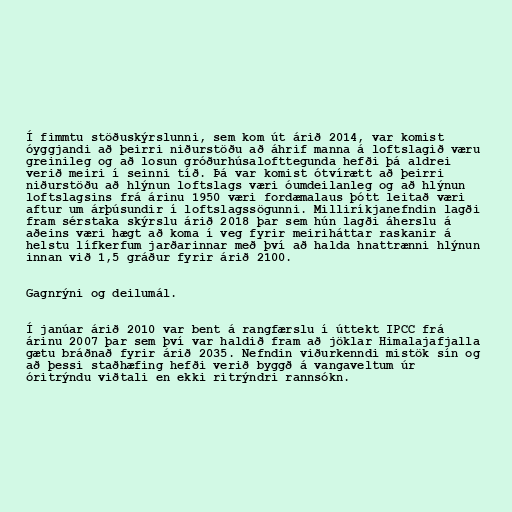
Í fimmtu stöðuskýrslunni, sem kom út árið 2014, var komist
óyggjandi að þeirri niðurstöðu að áhrif manna á loftslagið væru
greinileg og að losun gróðurhúsalofttegunda hefði þá aldrei
verið meiri í seinni tíð. Þá var komist ótvírætt að þeirri
niðurstöðu að hlýnun loftslags væri óumdeilanleg og að hlýnun
loftslagsins frá árinu 1950 væri fordæmalaus þótt leitað væri
aftur um árþúsundir í loftslagssögunni. Milliríkjanefndin lagði
fram sérstaka skýrslu árið 2018 þar sem hún lagði áherslu á
aðeins væri hægt að koma í veg fyrir meiriháttar raskanir á
helstu lífkerfum jarðarinnar með því að halda hnattrænni hlýnun
innan við 1,5 gráður fyrir árið 2100.

Gagnrýni og deilumál.

Í janúar árið 2010 var bent á rangfærslu í úttekt IPCC frá
árinu 2007 þar sem því var haldið fram að jöklar Himalajafjalla
gætu bráðnað fyrir árið 2035. Nefndin viðurkenndi mistök sín og
að þessi staðhæfing hefði verið byggð á vangaveltum úr
óritrýndu viðtali en ekki ritrýndri rannsókn.